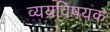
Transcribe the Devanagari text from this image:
व्ययविषयक